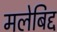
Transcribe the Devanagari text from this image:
मलेबिद्द